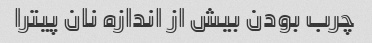
چرب بودن بیش از اندازه نان پیترا